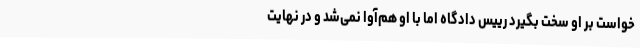
‌خواست بر او سخت بگیرد رییس دادگاه اما با او هم‌آوا نمی‌شد و در نهایت